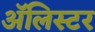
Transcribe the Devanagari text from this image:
अॅलिस्टर